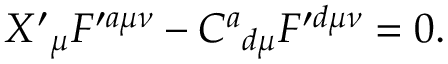
X ^ { \prime } { } _ { \mu } F ^ { \prime a \mu \nu } - C ^ { a } { } _ { d \mu } F ^ { \prime d \mu \nu } = 0 .